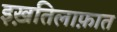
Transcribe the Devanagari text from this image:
इख़तिलाफ़ात